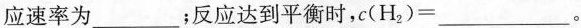
应速率为___；反应达到平衡时，$$c(H_{2})=___$$。